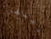
دينفر